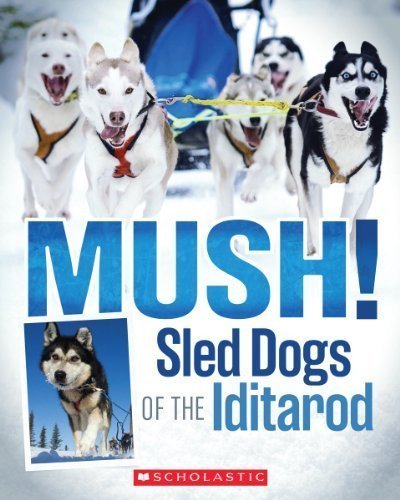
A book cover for Mush! The Sled Dogs of the Iditarod by Funk, Joe [2013]; Sports & Outdoors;